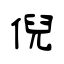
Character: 倪